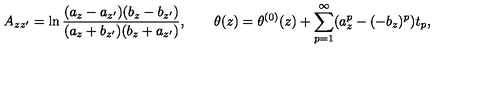
A _ { z z ^ { \prime } } = \ln \frac { ( a _ { z } - a _ { z ^ { \prime } } ) ( b _ { z } - b _ { z ^ { \prime } } ) } { ( a _ { z } + b _ { z ^ { \prime } } ) ( b _ { z } + a _ { z ^ { \prime } } ) } , \qquad \theta ( z ) = \theta ^ { ( 0 ) } ( z ) + \sum _ { p = 1 } ^ { \infty } ( a _ { z } ^ { p } - ( - b _ { z } ) ^ { p } ) t _ { p } ,